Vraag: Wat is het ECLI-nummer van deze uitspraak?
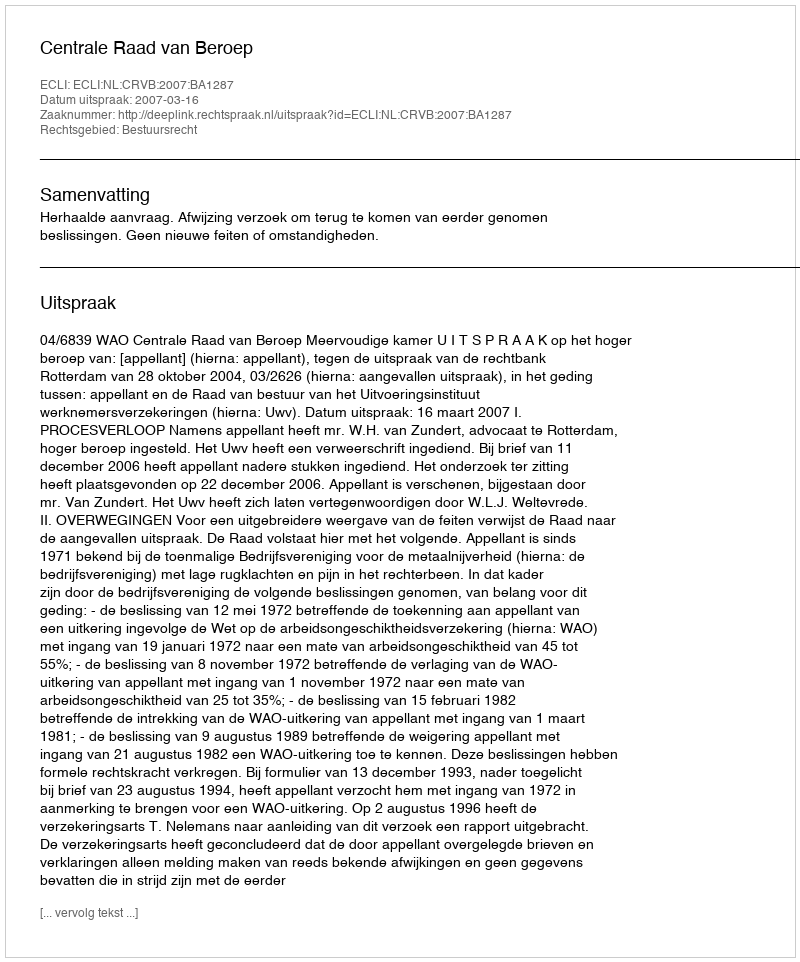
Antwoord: ECLI:NL:CRVB:2007:BA1287